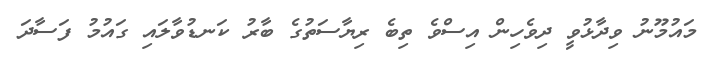
މައުމޫނު ވިދާޅުވީ ދިވެހިން އިސްވެ ތިބެ ރިޔާސަތުގެ ބާރު ކަނޑުވާލައި ގައުމު ފަސާދަ